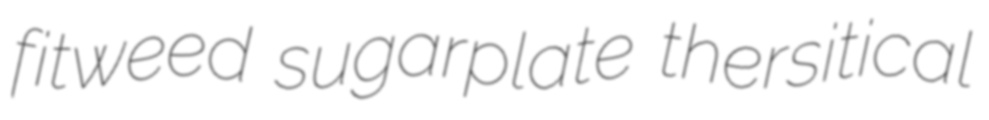
fitweed sugarplate thersitical